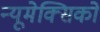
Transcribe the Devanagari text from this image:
न्यूमेक्सिको